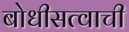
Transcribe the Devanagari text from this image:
बोधीसत्वाची